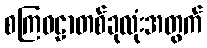
စကြဝဠာတစ်ခုလုံးအတွက်